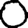
Digit: 0